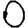
Digit: 0